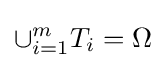
\cup _{i=1}^{m}T_{i}=\Omega